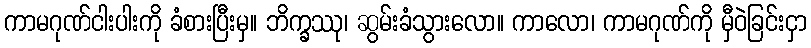
ကာမဂုဏ်ငါးပါးကို ခံစားပြီးမှ။ ဘိက္ခဿု၊ ဆွမ်းခံသွားလော။ ကာလော၊ ကာမဂုဏ်ကို မှီဝဲခြင်းငှာ